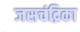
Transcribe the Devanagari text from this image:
जसचंद्रिका